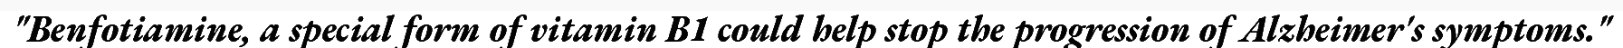
"Benfotiamine, a special form of vitamin B1 could help stop the progression of Alzheimer's symptoms."